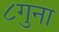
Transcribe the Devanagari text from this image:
८गुना